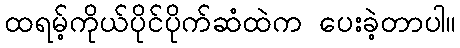
ထရမ့်ကိုယ်ပိုင်ပိုက်ဆံထဲက ပေးခဲ့တာပါ။